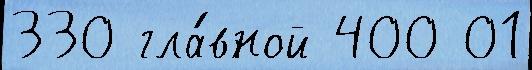
330 гла́вной 400 01